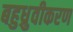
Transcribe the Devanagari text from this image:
बहुध्रुवीकरण